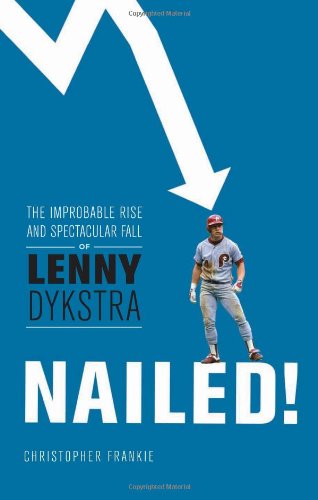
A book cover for Nailed!: The Improbable Rise and Spectacular Fall of Lenny Dykstra; Christopher Frankie; Biographies & Memoirs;